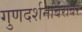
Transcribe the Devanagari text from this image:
गुणदर्शनांबरोबर